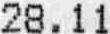
28.11